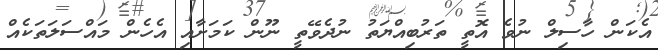
އެކަން ހާސިލް ނުވެ އޮތީ ތަރުބިއްޔަތު ނުދެވޭތީ ނޫން ކަމަށާއި އެހެން މައްސަލަތަކެއް